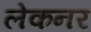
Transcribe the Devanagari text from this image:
लेकनर